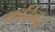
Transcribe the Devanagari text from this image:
कठिबद्ध